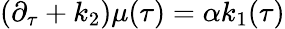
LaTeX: (\partial_{\tau}+k_{2})\mu(\tau)=\alpha k_{1}(\tau)